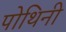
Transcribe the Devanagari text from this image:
पोथिनी